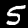
Label: 5